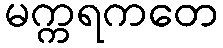
မက္ကရကတေ